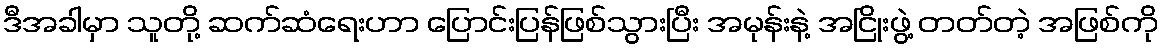
ဒီအခါမှာ သူတို့ ဆက်ဆံရေးဟာ ပြောင်းပြန်ဖြစ်သွားပြီး အမုန်းနဲ့ အငြိုးဖွဲ့ တတ်တဲ့ အဖြစ်ကို